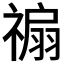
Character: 𥛊